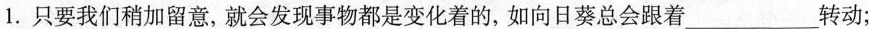
1.只要我们稍加留意，就会发现事物都是变化着的，如向日葵总会跟着___转动；